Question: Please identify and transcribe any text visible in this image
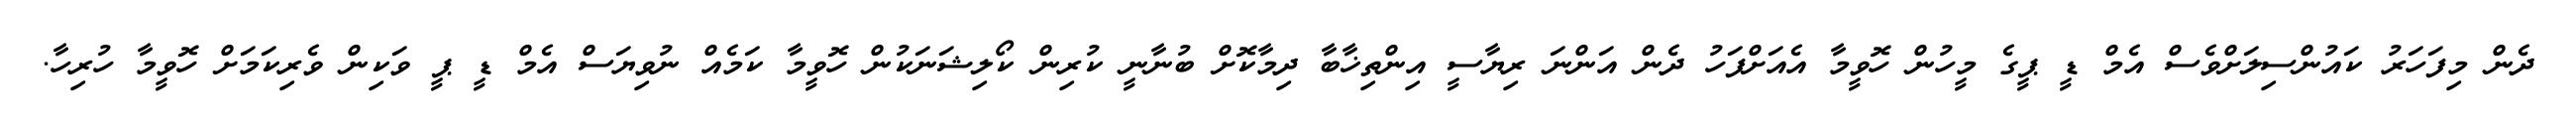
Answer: ދެން މިފަހަރު ކައުންސިލަށްވެސް އެމް ޑީ ޕީގެ މީހުން ހޮވީމާ އެއަށްފަހު ދެން އަންނަ ރިޔާސީ އިންތިޚާބާ ދިމާކޮށް ބުނާނީ ކުރިން ކޯލިޝަނަކުން ހޮވީމާ ކަމެއް ނުވިޔަސް އެމް ޑީ ޕީ ވަކިން ވެރިކަމަށް ހޮވީމާ ހުރިހާ.